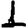
Digit: 1